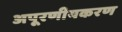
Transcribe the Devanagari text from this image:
अपूरणीयकरण